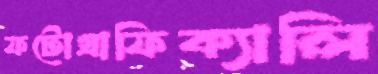
ফটোগ্রাফিক্যালি